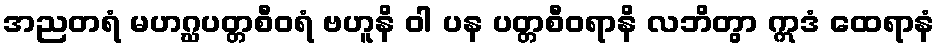
အညတရံ မဟဂ္ဃပတ္တစီဝရံ ဗဟူနိ ဝါ ပန ပတ္တစီဝရာနိ လဘိတွာ ဣဒံ ထေရာနံ